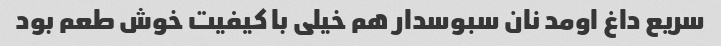
سریع داغ اومد نان سبوسدار هم خیلی با کیفیت خوش طعم بود